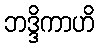
ဘဒ္ဒိကာဟိ